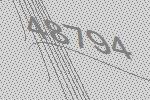
48794